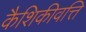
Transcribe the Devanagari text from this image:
कैशिकीवत्ति